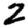
Digit: 2